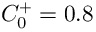
C _ { 0 } ^ { + } = 0 . 8